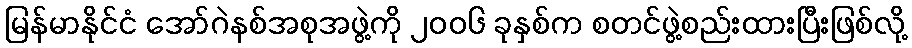
မြန်မာနိုင်ငံ အော်ဂဲနစ်အစုအဖွဲ့ကို ၂ဝဝ၆ ခုနှစ်က စတင်ဖွဲ့စည်းထားပြီးဖြစ်လို့